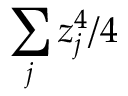
\sum _ { j } z _ { j } ^ { 4 } / 4